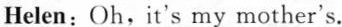
Helen:Oh, it's my mother's.